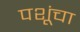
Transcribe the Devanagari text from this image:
पशूंचा